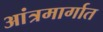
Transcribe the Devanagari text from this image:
आंत्रमार्गात